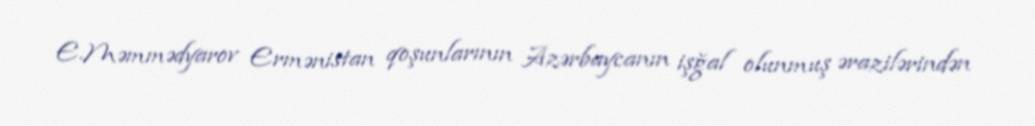
E.Məmmədyarov Ermənistan qoşunlarının Azərbaycanın işğal olunmuş ərazilərindən